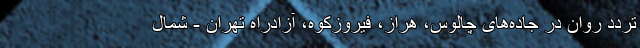
تردد روان در جاده‌های چالوس، هراز، فیروزکوه، آزادراه تهران - شمال